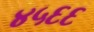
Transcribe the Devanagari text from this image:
४५६६